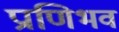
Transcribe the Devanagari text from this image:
प्राणिभव